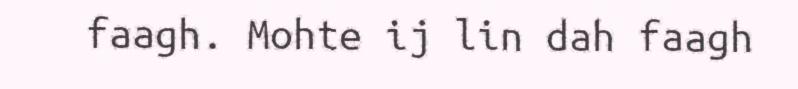
faagh. Mohte ij lin dah faagh